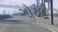
ગોટલી